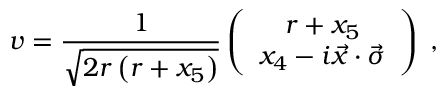
v = \frac { 1 } { \sqrt { 2 r \left( r + x _ { 5 } \right) } } \left( \begin{array} { c } { { r + x _ { 5 } } } \\ { { x _ { 4 } - i \vec { x } \cdot \vec { \sigma } } } \end{array} \right) \; ,